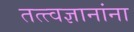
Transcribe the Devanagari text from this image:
तत्त्वज्ञानांना